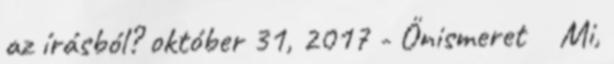
az írásból? október 31, 2017 - Önismeret Mi,